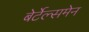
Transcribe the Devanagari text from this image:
बेर्टेल्समेन